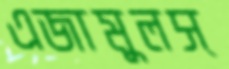
এজামুলস্